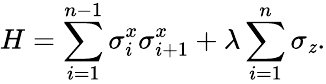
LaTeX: H=\sum_{i=1}^{n-1}\sigma_{i}^{x}\sigma_{i+1}^{x}+\lambda\sum_{i=1}^{n}\sigma_{\mathit{z}}.